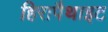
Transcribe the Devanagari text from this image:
हिरापैथाइट